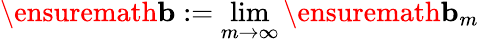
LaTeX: \ensuremath{\mathbf{b}}:=\operatorname*{lim}_{m\to\infty}\ensuremath{\mathbf{b}}_{m}